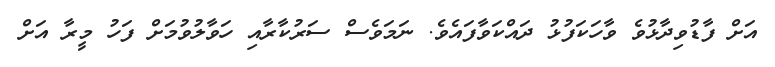
އަށް ފާޑުވިދާޅުވެ ވާހަކަފުޅު ދައްކަވާފައެވެ. ނަމަވެސް ސަރުކާރާއި ހަވާލުވުމަށް ފަހު މީރާ އަށް